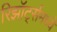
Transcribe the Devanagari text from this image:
रिझॉर्ट्‍समध्ये